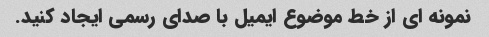
نمونه ای از خط موضوع ایمیل با صدای رسمی ایجاد کنید.